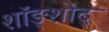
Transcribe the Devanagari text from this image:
शॉङ्शोद्